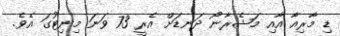
ޑި މާރިއާ އާއި މަޝެރާނޯ ދަނޑަށް އެރީ 73 ވަނަ މިނިޓުގަ އެވެ.